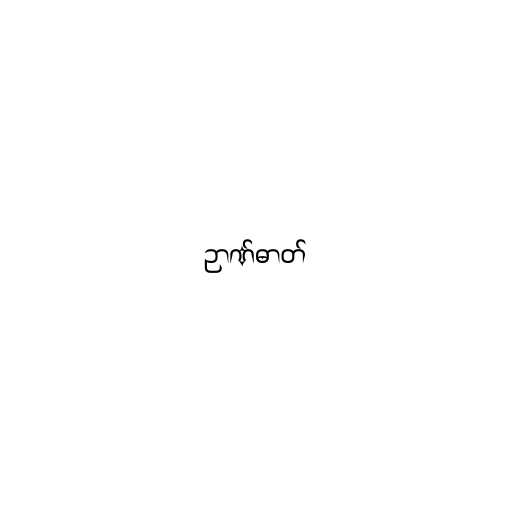
ဉာဏ်ဓာတ်